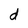
Character: d